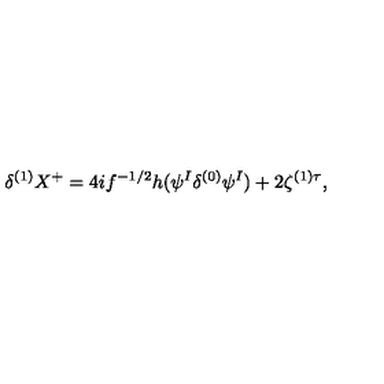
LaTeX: \delta ^ { ( 1 ) } X ^ { + } = 4 i f ^ { - 1 / 2 } h ( \psi ^ { I } \delta ^ { ( 0 ) } \psi ^ { I } ) + 2 \zeta ^ { ( 1 ) \tau } ,